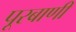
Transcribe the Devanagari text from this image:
पूरबाणी